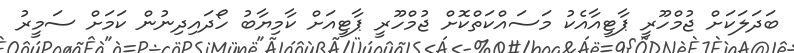
ބަދަލަކަށް ޖުމްހޫރީ ޕާޓީއާއެކު މަސައްކަތްކޮށް ޖުމްހޫރީ ޕާޓީއަށް ކާމިޔާބު ހޯދައިދިނުން ކަމަށް ސަމީރު